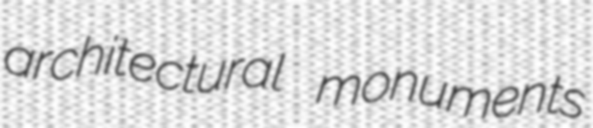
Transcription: architectural monuments